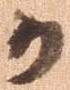
か